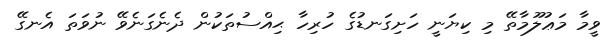
ވީމާ މަޢުލޫމާތޭ މި ކިޔަނީ ހަށިގަނޑުގެ ހުރިހާ ޙިއްސުތަކުން ދެނެގަނެވޭ ނުވަތަ އެނގޭ